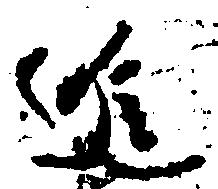
進